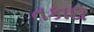
તકાદા